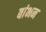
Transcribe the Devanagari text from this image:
बांभन